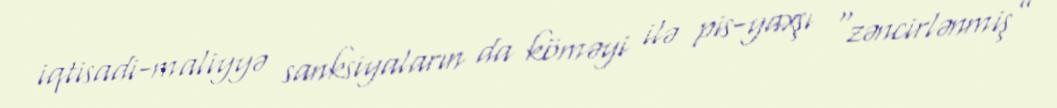
iqtisadi-maliyyə sanksiyaların da köməyi ilə pis-yaxşı “zəncirlənmiş”